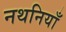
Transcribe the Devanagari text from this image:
नथनियाँ